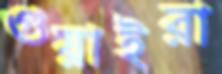
গুয়াইরা